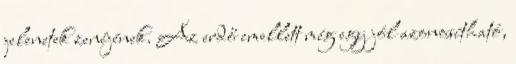
jelenetek zenéjének. Az erdő emellett még egy jól azonosítható,